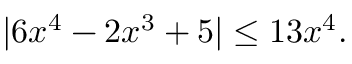
| 6 x ^ { 4 } - 2 x ^ { 3 } + 5 | \leq 1 3 x ^ { 4 } .